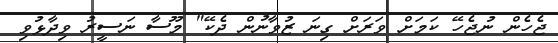
ޖެހެން ނުޖެހޭ ކަމަށް ވަރަށް ގިނަ ޒުވާނުން ދެކޭ" މޫސާ ނަސީރު ވިދާޅުވި